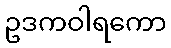
ဥဒကဝါရကော